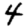
Digit: 4